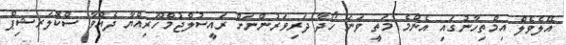
އޭލެވެލް އިމްތިހާނުގައި އެންމެ މަތީ ވަނަ ހޯދާ ދަރިވަރުންނަށް ރައީސުލްޖުމްހޫރިއްޔާ ދެއްވާ ސްކޮލަރޝިޕް